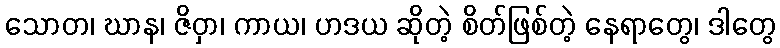
သောတ၊ ဃာန၊ ဇိဝှာ၊ ကာယ၊ ဟဒယ ဆိုတဲ့ စိတ်ဖြစ်တဲ့ နေရာတွေ၊ ဒါတွေ